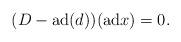
LaTeX: \begin{align*} &(D-{\rm ad}(d))({\rm ad}x)=0.\end{align*}